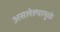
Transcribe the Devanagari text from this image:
असलेल्यामुळे